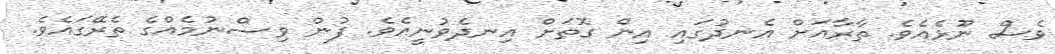
ވެސް ނޫޅެއެވެ. ތާރާއަށް އެނދުގައި އިން ގޮތަށް އިނދެވުނީއެވެ. ފުން ވިސްނުމެއްގެ ތެރޭގައެވެ.